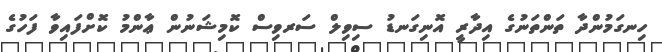
ހިނގަމުންދާ ތަންތަނުގެ އިދާރީ އޮނިގަނޑު ސިވިލް ސަރވިސް ކޮމިޝަނުން ޢާންމު ކޮށްފައިވާ ފަހުގެ